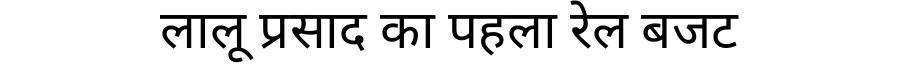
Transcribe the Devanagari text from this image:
लालू प्रसाद का पहला रेल बजट